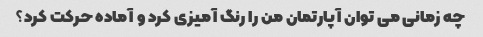
چه زمانی می توان آپارتمان من را رنگ آمیزی کرد و آماده حرکت کرد؟